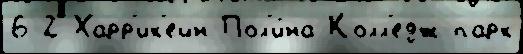
6-2 Харр'ик'ейн Пол'и́на Колл'едж-парк